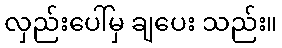
လှည်းပေါ်မှ ချပေး သည်း။